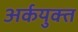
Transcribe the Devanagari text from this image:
अर्कयुक्त